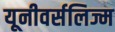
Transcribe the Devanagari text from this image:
यूनीवर्सलिज्म